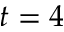
t = 4